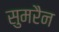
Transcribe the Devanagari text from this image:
सुमरैन